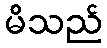
မိသည်